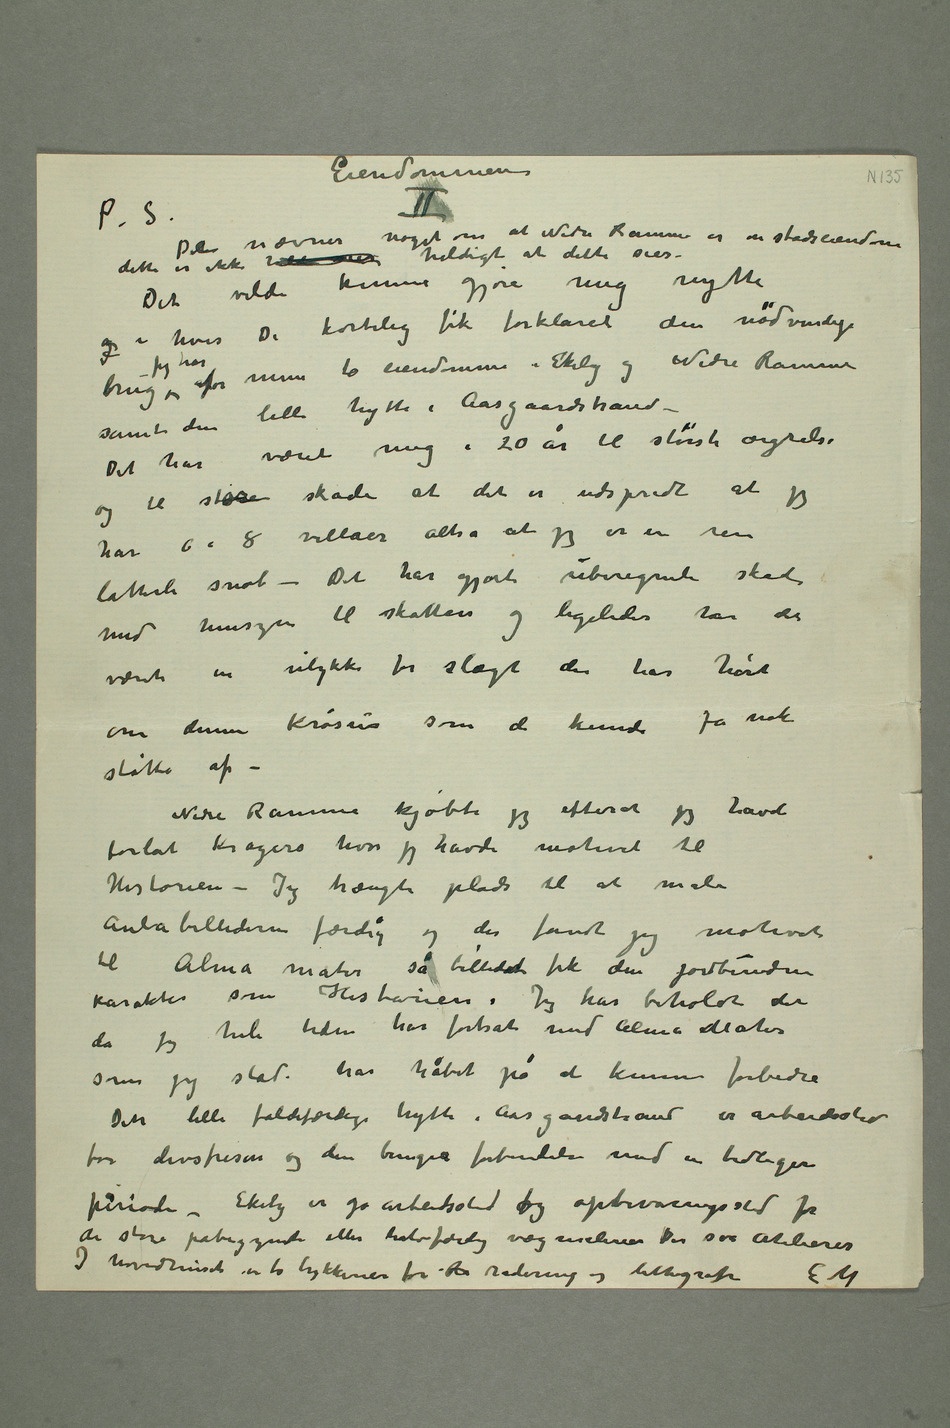
Eiendommene
De nævner noget om at Nedre Ramme er en stadseiendom
dette er ikke heldi sies heldigt at dette sies –
Det vilde kunne gjøre mig nytte
og i hvis De kortelig fik forklaret den nødvendige
lille hytte i Aasgaardstrand –
Det har været mig i 20 år til største ærgrelse og
til stor skade at det er udspredt at jeg
har 6 a 8 villaer altså at jeg er en ren
latterli snob – Det har gjort uberegneli skade
med hensyn til skatten og ligeledes har det
været en ulykke for slægt der har hørt
om denne Krøsus som de kunde få nok
støtte af –
Nedre Ramme kjøbte jeg efterat jeg havde
forlat Kragerø hvor jeg havde motivet til
Historien – Jeg trængte plads til at male
Aulabillederne færdig og der fandt jeg motivet
til Alma mater så billedet fik den jordbundne
karakter som Historien. Jeg har beholdt det da jeg
hele tiden har fortsat med Alma Mater
som jeg stadi har håbet på at kunne forbedre
Den lille faldefærdige hytte i Aasgaardstrand er arbeidssted
for Livsfrisen og den bringer forbindelse med en tidligere
periode – Ekely er jo arbeidssted og opbevaringssted for
de store påbegynte eller halvfærdige vægmalerier der atelierer